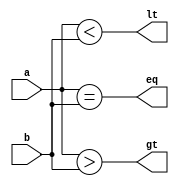
`ifndef SIGNED_COMPARATOR_DEFINED
`define SIGNED_COMPARATOR_DEFINED

module signed_comparator #(parameter DATA_WDTH = 8) (
    input wire signed [DATA_WDTH-1:0] a,
    input wire signed [DATA_WDTH-1:0] b,
    output wire lt,
    output wire eq,
    output wire gt
);
    assign eq = (a == b);
    assign lt = (a < b);
    assign gt = (a > b);
endmodule

`endif